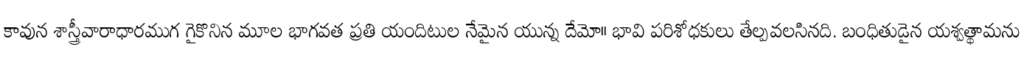
కావున శాస్త్రీవారాధారముగ గైకొనిన మూల భాగవత ప్రతి యందిటుల నేమైన యున్న దేమో॥ భావి పరిశోధకులు తేల్పవలసినది. బంధితుడైన యశ్వత్థామను